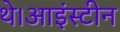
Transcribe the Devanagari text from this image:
थे।आइंस्टीन